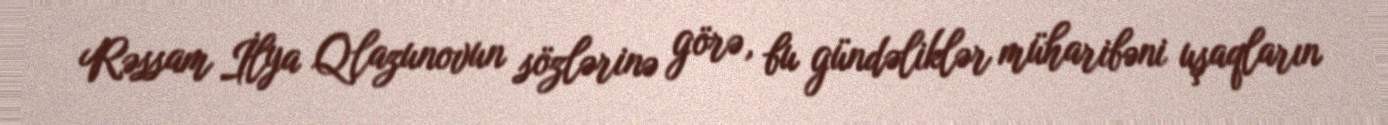
Rəssam İlya Qlazunovun sözlərinə görə, bu gündəliklər müharibəni uşaqların